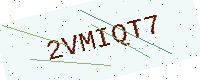
Text: 2VMIQT7